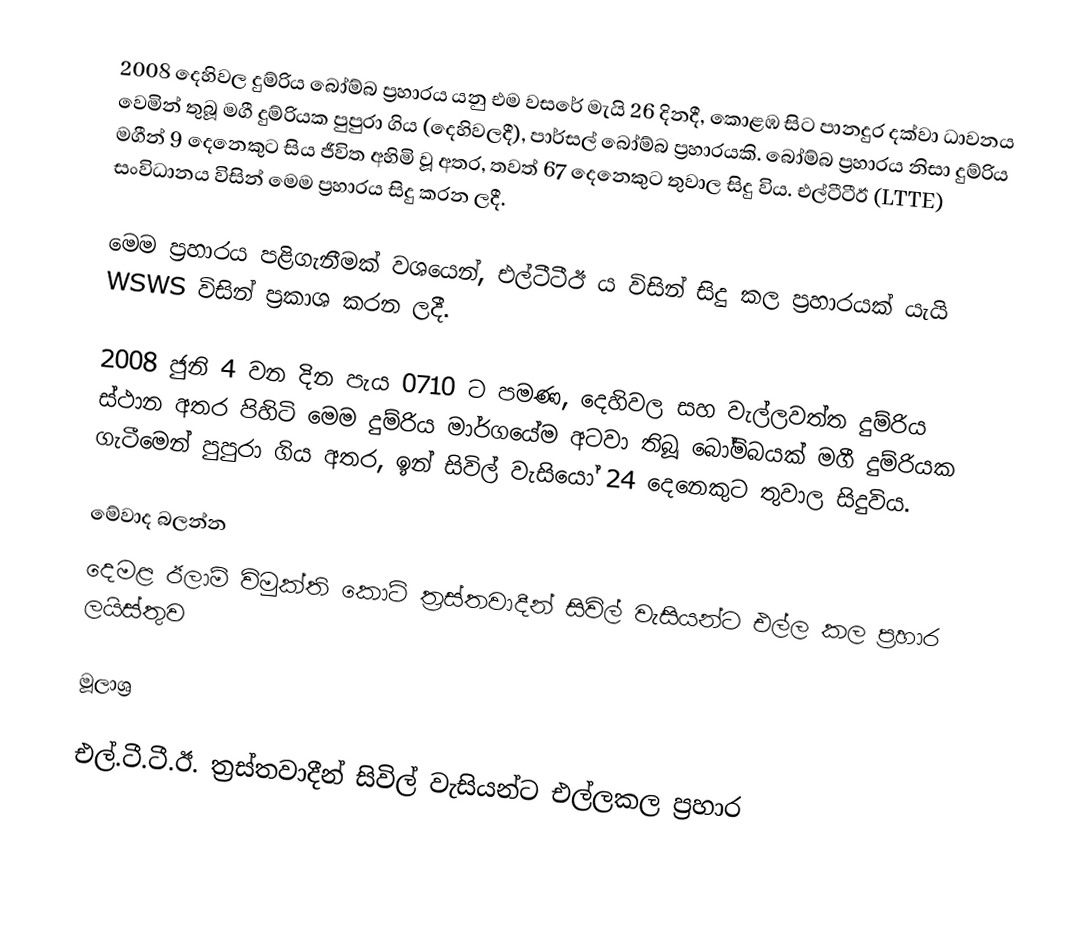
2008 දෙහිවල දුම්රිය බෝම්බ ප්‍රහාරය යනු එම වසරේ මැයි 26 දිනදී, කොළඹ සිට පානදුර දක්වා ධාවනය වෙමින් තුබූ මගී දුම්රියක පුපුරා ගිය (දෙහිවලදී), පාර්සල් බෝම්බ ප්‍රහාරයකි. බෝම්බ ප්‍රහාරය නිසා දුම්රිය මගීන් 9 දෙනෙකුට සිය ජීවිත අහිමි වූ අතර, තවත් 67 දෙනෙකුට තුවාල සිදු විය. එල්ටීටීඊ (LTTE) සංවිධානය විසින් මෙම ප්‍රහාරය සිදු  කරන ලදී.

මෙම ප්‍රහාරය පළිගැනීමක් වශයෙන්, එල්ටීටීඊ ය විසින් සිදු කල ප්‍රහාරයක් යැයි WSWS විසින් ප්‍රකාශ කරන ලදී.

2008 ජුනි 4 වන දින පැය 0710 ට පමණ, දෙහිවල සහ වැල්ලවත්ත දුම්රිය ස්ථාන අතර පිහිටි මෙම දුම්රිය මාර්ගයේම අටවා තිබූ බෝම්බයක් මගී දුම්රියක ගැටීමෙන් පුපුරා ගිය අතර, ඉන් සිවිල් වැසියෝ 24 දෙනෙකුට තුවාල සිදුවිය.

මේවාද බලන්න
 දෙමළ ඊලාම් විමුක්ති කොටි ත්‍රස්තවාදීන් සිවිල් වැසියන්ට එල්ල කල ප්‍රහාර ලයිස්තුව

මූලාශ්‍ර

එල්.ටී.ටී.ඊ. ත්‍රස්තවාදීන් සිවිල් වැසියන්ට එල්ලකල ප්‍රහාර